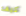
كيف